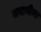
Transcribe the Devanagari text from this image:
जखनीया